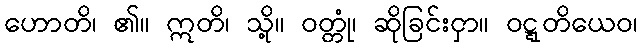
ဟောတိ၊ ၏။ ဣတိ၊ သို့။ ဝတ္တုံ၊ ဆိုခြင်းငှာ။ ဝဋ္ဋတိယေဝ၊